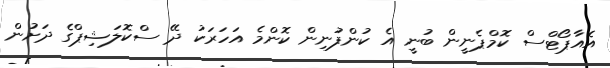
އެއާޕޯޓްސް ކޮމްޕެނީން ބުނީ އެ ކުންފުނިން ކޮންމެ އަހަރަކު ދޭ ސްކޮލަޝިޕްގެ ދަށުން